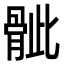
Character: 骴